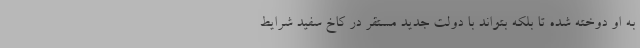
به او دوخته شده تا بلکه بتواند با دولت جدید مستقر در کاخ سفید شرایط